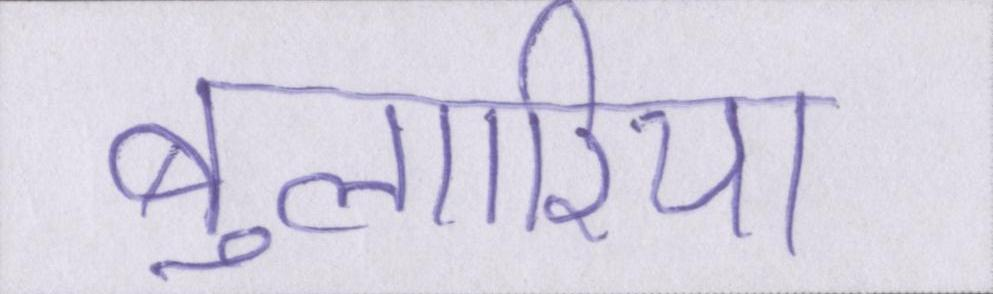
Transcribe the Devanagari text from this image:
बुल्गारिया